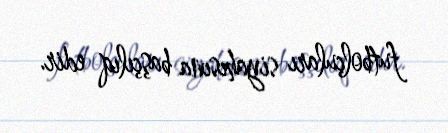
futbolçuları siyahısına başçılıq edir.